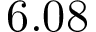
6 . 0 8